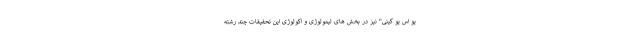
یو اس یو کینی" نیز در بخش های لیمولوژی و اکولوژی این تحقیقات چند رشته